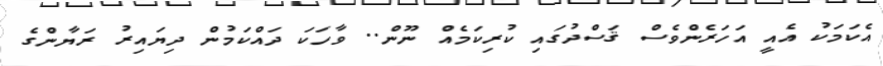
އެކަމަކު އެއީ އަހަރެންވެސް ޤަސްދުގައި ކުރިކަމެއް ނޫން.. ވާހަކަ ދައްކަމުން ދިޔައިރު ރަޔާންގެ